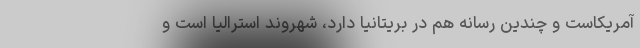
آمریکاست و چندین رسانه هم در بریتانیا دارد، شهروند استرالیا است و